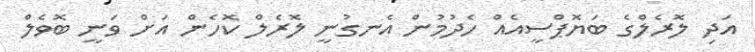
އަދި ލޮރެލްގެ ބަޔޮޕްސީއެއް ހެދުމުން އެނގުނީ ލޮރެލް ކޮހެން އަށް ވަނީ ބޮވެލް